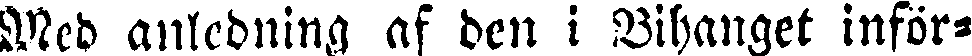
Med anledning af den i Vihanget inför-